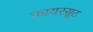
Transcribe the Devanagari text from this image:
फायरसूट